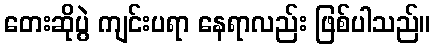
တေးဆိုပွဲ ကျင်းပရာ နေရာလည်း ဖြစ်ပါသည်။